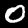
Label: 0